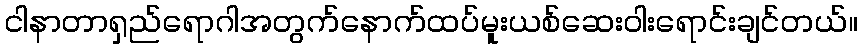
ငါနာတာရှည်ရောဂါအတွက်နောက်ထပ်မူးယစ်ဆေးဝါးရောင်းချင်တယ်။